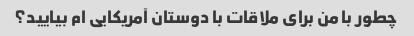
چطور با من برای ملاقات با دوستان آمریکایی ام بیایید؟